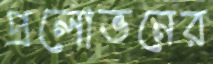
প্রলোভনের